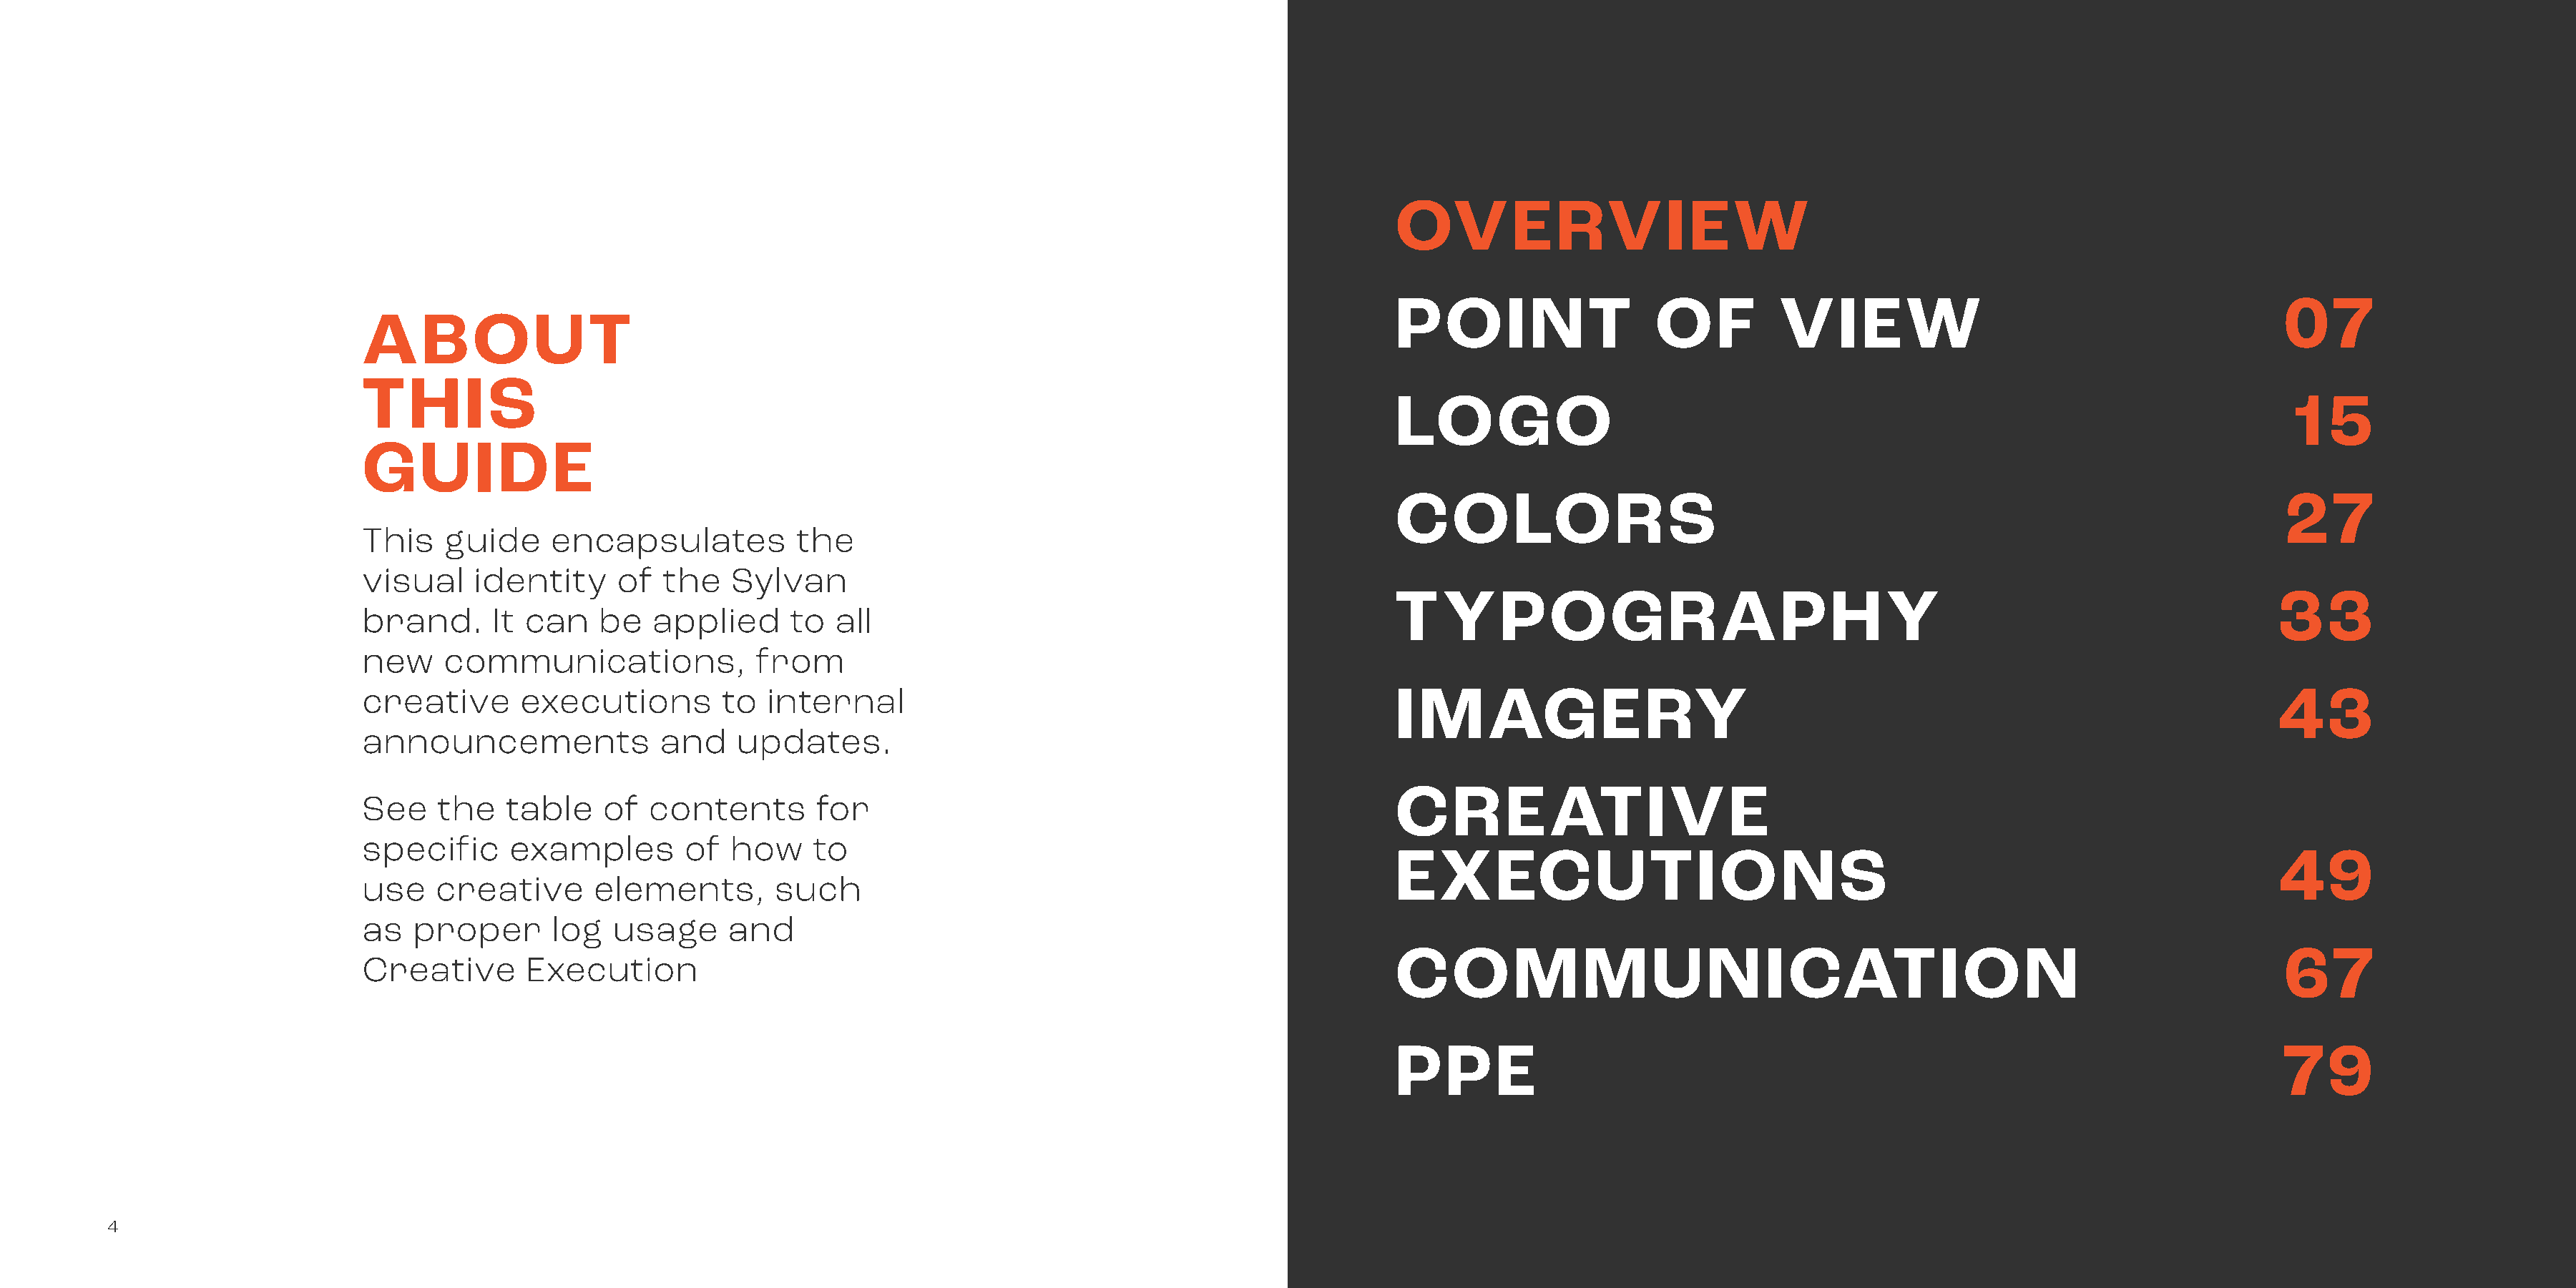
OVERVIEW
 POINT                   OF          VIEW                                          07
 ABOUT
 THIS
 LOGO                                                                               15
 GUIDE
 COLORS                                                                            27
 This   guide     encapsulates           the
 visual    identity     of  the    Sylvan
 TYPOGRAPHY                                                                        33
 brand.      It can   be   applied      to  all
 new    communications,              from
 creative      executions         to  internal                                                  IMAGERY                                                                           43
 announcements              and    updates.
 CREATIVE
 See   the    table    of  contents        for
 specific     examples        of   how    to
 EXECUTIONS                                                                        49
 use   creative       elements,        such
 as  proper       log   usage     and
 COMMUNICATION                                                                     67
 Creative       Execution
 PPE                                                                               79
 4